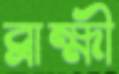
ব্রাহ্মী